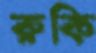
রুকি